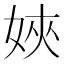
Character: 㛍